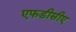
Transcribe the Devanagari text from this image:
एफडीसीए